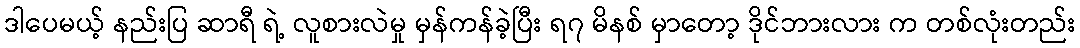
ဒါပေမယ့် နည်းပြ ဆာရီ ရဲ့ လူစားလဲမှု မှန်ကန်ခဲ့ပြီး ရ၇ မိနစ် မှာတော့ ဒိုင်ဘားလား က တစ်လုံးတည်း